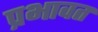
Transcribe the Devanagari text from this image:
प्रभावत